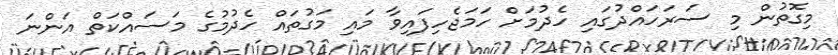
މިގޮތުން މި ސަރަހައްދުގައި ހެދުމަށް ހަމަޖެހިފައިވާ މައި މަގުތައް ހެދުމުގެ މަސައްކަތް އަންނަ